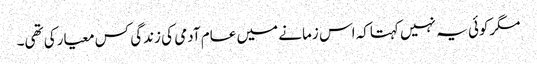
مگرکوئی یہ نہیں کہتاکہ اس زمانے میں عام آدمی کی زندگی کس معیارکی تھی۔